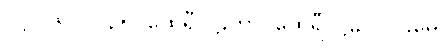
(ဋ္ဌ-၂၆၁) ၂၃၅၊ ထေရီပါဠိဟာ၊ ထေရီပါဠိ၌။ ပဌမေ၊